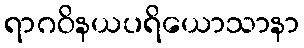
ရာဂဝိနယပရိယောသာနာ